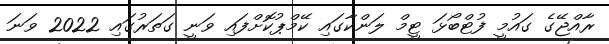
ރާއްޖޭގެ ގައުމީ ފުޓްބޯޅަ ޓީމް ލަންކާގައި ކޭމްޕުކޮށްފައި ވަނީ ގަތަރުގައި 2022 ވަނަ